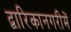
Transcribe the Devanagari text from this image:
द्वारिकानगरीमें